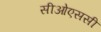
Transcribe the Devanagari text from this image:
सीओएससी